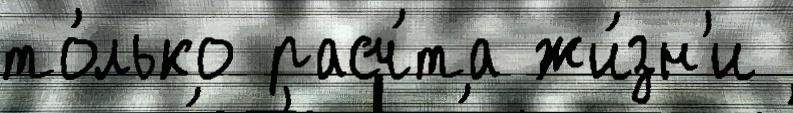
то́лько расч́та жи́зн'и